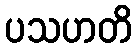
ပသဟတိ